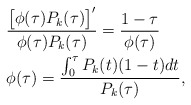
\begin{align*}&\frac{\big[\phi(\tau)P_{k}(\tau)\big]'}{\phi(\tau)P_{k}(\tau)}=\frac{1-\tau}{\phi(\tau)}\\&\phi(\tau)=\frac{\int_{0}^{\tau}P_{k}(t)(1-t)dt}{P_{k}(\tau)},\end{align*}